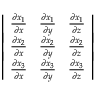
{ \left| \begin{array} { l l l } { { \frac { \partial x _ { 1 } } { \partial x } } } & { { \frac { \partial x _ { 1 } } { \partial y } } } & { { \frac { \partial x _ { 1 } } { \partial z } } } \\ { { \frac { \partial x _ { 2 } } { \partial x } } } & { { \frac { \partial x _ { 2 } } { \partial y } } } & { { \frac { \partial x _ { 2 } } { \partial z } } } \\ { { \frac { \partial x _ { 3 } } { \partial x } } } & { { \frac { \partial x _ { 3 } } { \partial y } } } & { { \frac { \partial x _ { 3 } } { \partial z } } } \end{array} \right| }